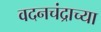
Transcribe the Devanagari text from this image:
वदनचंद्राच्या